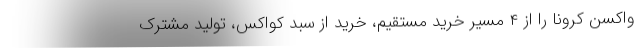
واکسن کرونا را از ۴ مسیر خرید مستقیم، خرید از سبد کواکس، تولید مشترک